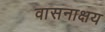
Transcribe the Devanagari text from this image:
वासनाक्षय